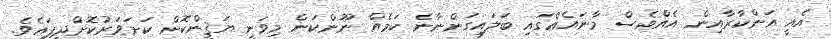
އެއީ އަންކާރާއިން އެއްވެސް މާނައެއްގައި ބަލައިގަންނާނެ ކަމެއް ނޫންކަން މިވަނީ ޔަޤީންކޮށް ކަށަވަރުކޮށްދީފައެވެ.